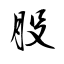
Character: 股